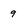
Character: 9